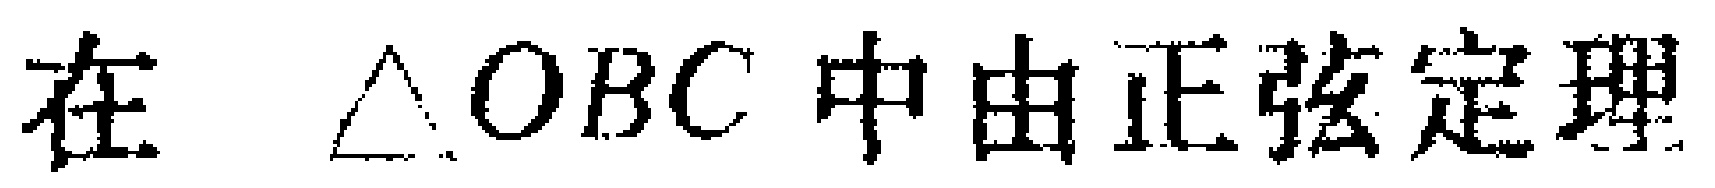
在 $\triangle OBC$ 中由正弦定理